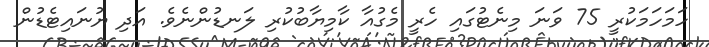
ހަމަހަމަކުރީ 75 ވަނަ މިނެޓުގައި ހެރީ މެގުއާ ކާމިޔާބުކުރި ލަނޑުންނެވެ. އަދި ޔުނައިޓެޑުން